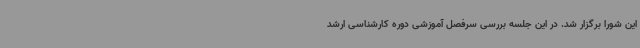
این شورا برگزار شد. در این جلسه بررسی سرفصل آموزشی دوره کارشناسی ارشد